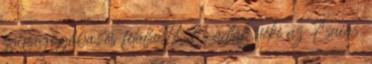
zsinagógába, és felálla 17. És adták néki az Ésaiás